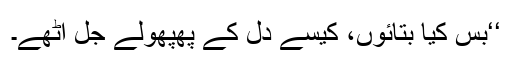
‘‘بس کیا بتائوں، کیسے دل کے پھپھولے جل اُٹھے۔